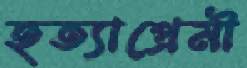
হত্যাপ্রেমী